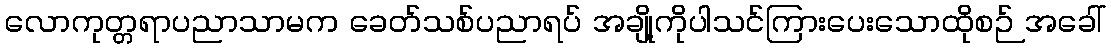
လောကုတ္တရာပညာသာမက ခေတ်သစ်ပညာရပ် အချို့ကိုပါသင်ကြားပေးသောထိုစဉ် အခေါ်